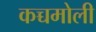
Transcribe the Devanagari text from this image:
कच्चमोली